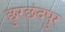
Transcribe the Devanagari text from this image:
छुरछंदपुर